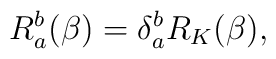
R_{a}^{b}(\beta )=\delta _{a}^{b}R_{K}(\beta ),